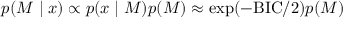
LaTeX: p ( M \mid x ) \propto p ( x \mid M ) p ( M ) \approx \exp ( - \mathrm { B I C } / 2 ) p ( M )